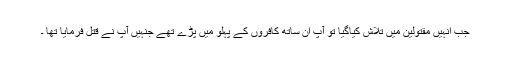
جب انہیں مقتولین میں تلاش کیاگیا تو آپ ان ساتھ کافروں کے پہلو میں پڑے تھے جنہیں آپ نے قتل فرمایا تھا ۔